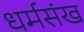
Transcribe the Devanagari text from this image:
धर्मसंख